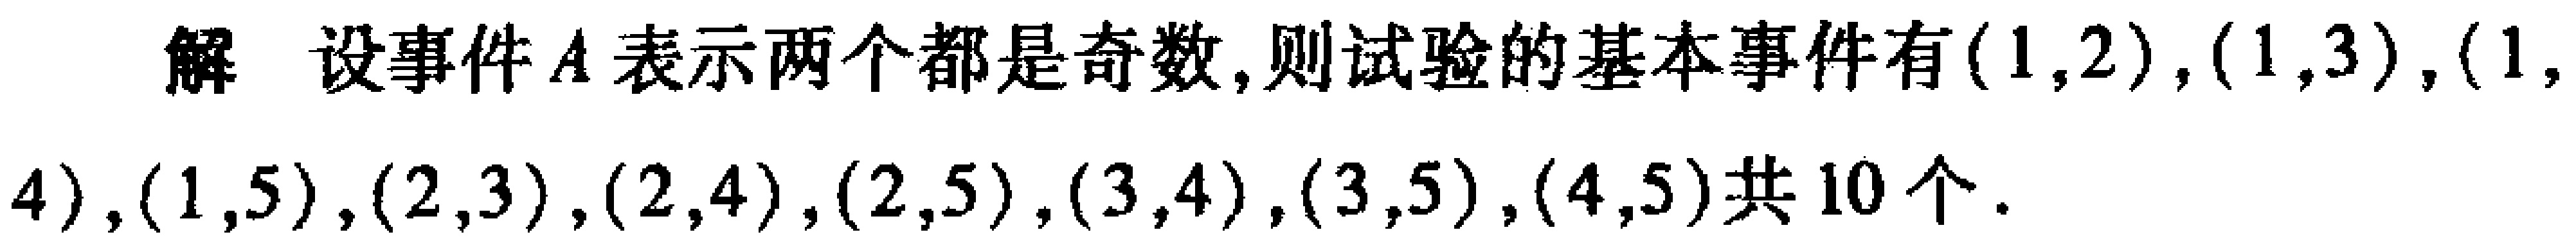
解 设事件\(A\)表示两个都是奇数,则试验的基本事件有\((1,2)\),\((1,3)\),\((1,4)\),\((1,5)\),\((2,3)\),\((2,4)\),\((2,5)\),\((3,4)\),\((3,5)\),\((4,5)\)共\(10\)个.